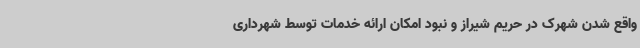
واقع شدن شهرک در حریم شیراز و نبود امکان ارائه خدمات توسط شهرداری